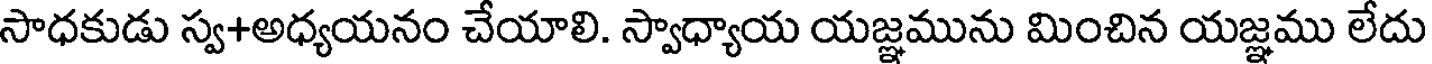
సాధకుడు స్వ+అధ్యయనం చేయాలి. స్వాధ్యాయ యజ్ఞమును మించిన యజ్ఞము లేదు